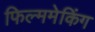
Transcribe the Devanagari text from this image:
फिल्ममेकिंग